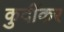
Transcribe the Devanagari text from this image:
कुर्दीकर